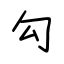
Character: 勾